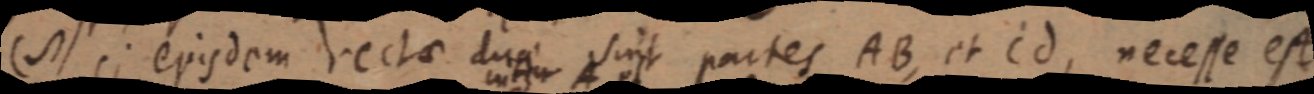
(_) si erisdem rectae duae sint partes AB, et Cd, necesse est